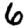
Digit: 6